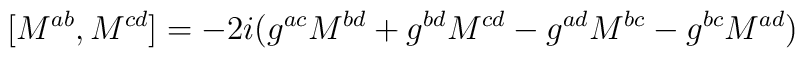
[M^{ab},M^{cd}]=-2i (g^{ac}M^{bd}+g^{bd}M^{cd}-g^{ad}M^{bc}-g^{bc}M^{ad})